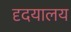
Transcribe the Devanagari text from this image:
दृदयालय